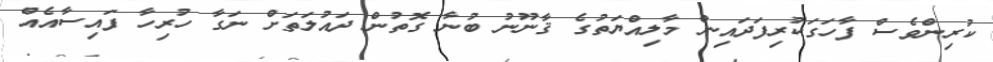
ކުރިންވެސް ފާހަގަކުރިފަދައިން މާލިއްޔަތުގެ ޤާނޫނު ބުނާ ގޮތުން ދައުލަތަށް ނަގާ ހުރިހާ ފައިސާއެއް